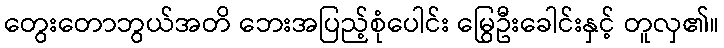
တွေးတောဘွယ်အတိ ဘေးအပြည့်စုံပေါင်း မြွေဦးခေါင်းနှင့် တူလှ၏။